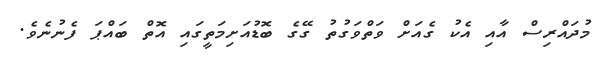
މުދައްރިސް އާއި އެކު ގެއަށް ވަތްވަގުތު ގޭގެ ބޮޑުއަށިމަތީގައި އޮތް ބައްޕަ ފެނުނެވެ.